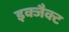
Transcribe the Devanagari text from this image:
इक्जैक्ट